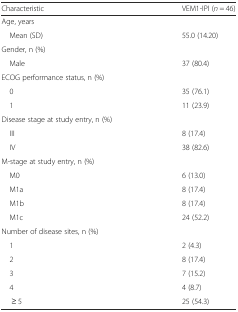
| Characteristic | VEM1-IPI (n = 46) |
 | --- | --- |
 | Age, years |  |
 | Mean (SD) | 55.0 (14.20) |
 | Gender, n (%) |  |
 | Male | 37 (80.4) |
 | ECOG performance status, n (%) |  |
 | 0 | 35 (76.1) |
 | 1 | 11 (23.9) |
 | Disease stage at study entry, n (%) |  |
 | III | 8 (17.4) |
 | IV | 38 (82.6) |
 | M-stage at study entry, n (%) |  |
 | M0 | 6 (13.0) |
 | M1a | 8 (17.4) |
 | M1b | 8 (17.4) |
 | M1c | 24 (52.2) |
 | Number of disease sites, n (%) |  |
 | 1 | 2 (4.3) |
 | 2 | 8 (17.4) |
 | 3 | 7 (15.2) |
 | 4 | 4 (8.7) |
 | ≥ 5 | 25 (54.3) |